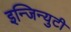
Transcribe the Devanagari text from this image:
इन्जिन्युटी